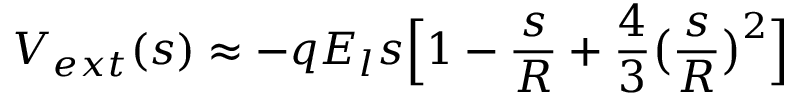
V _ { e x t } ( s ) \approx - q E _ { l } s \Big [ 1 - \frac { s } { R } + \frac { 4 } { 3 } \big ( \frac { s } { R } \big ) ^ { 2 } \Big ]